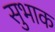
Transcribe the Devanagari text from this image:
सुभाक